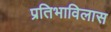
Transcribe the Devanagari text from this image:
प्रतिभाविलास